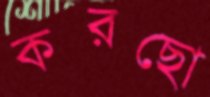
করছো